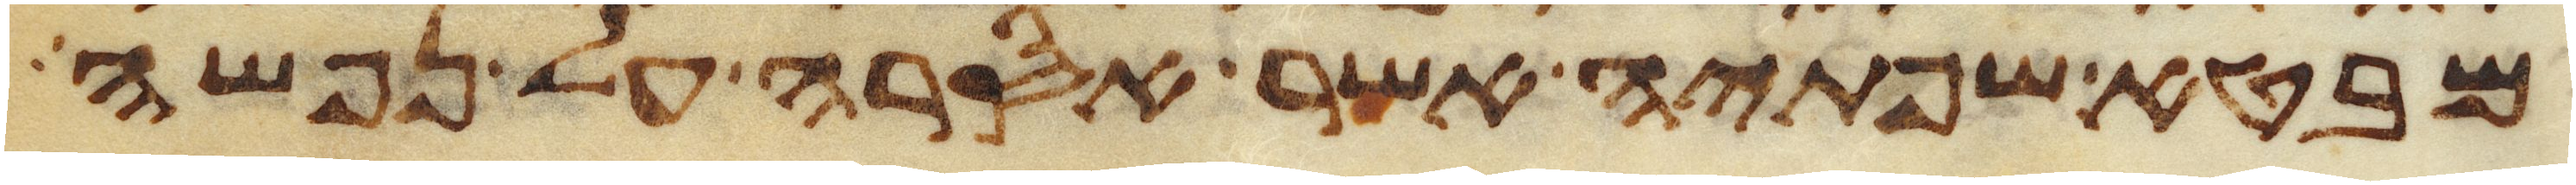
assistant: מבטא שפתיה אשר אסרה על נפשה